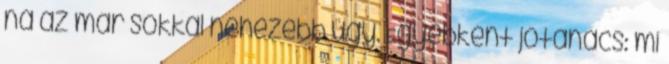
na az már sokkal nehezebb ügy. Egyébként jótanács: mi